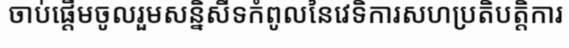
ចាប់ផ្តើមចូលរួមសន្និសីទកំពូលនៃវេទិការសហប្រតិបត្តិការ